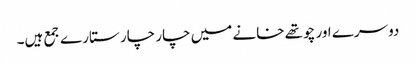
دوسرے اور چوتھے خانے میں چار چار ستارے جمع ہیں۔